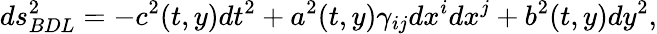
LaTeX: ds_{BDL}^{2}=-c^{2}(t,y)dt^{2}+a^{2}(t,y)\gamma_{ij}dx^{i}dx^{j}+b^{2}(t,y)dy^{2},